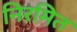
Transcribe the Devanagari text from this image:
निरमित